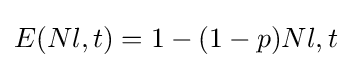
E(Nl,t)=1-(1-p)Nl,t